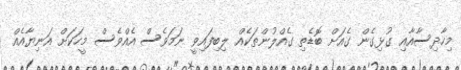
މިހާދިސާއާއި ގުޅިގެން ގެއަށް ބޮޑެތި ގެއްލުންތަކެއް ލިބިފައިވީ ނަމަވެސް އެއްވެސް މީހަކަށް އަނިޔާއެއް